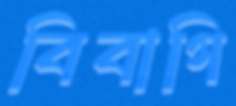
বিবাগি